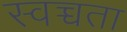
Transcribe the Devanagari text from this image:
स्वच्चता